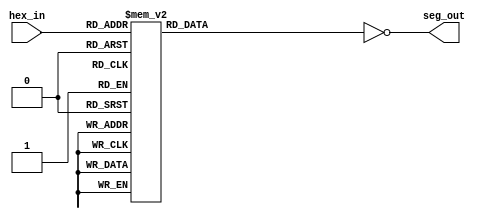
module SevenSeg (
	input[3:0] hex_in,
	output[6:0] seg_out
);

reg[6:0] seg;

always @(hex_in)
begin
	case(hex_in)
		4'h0: begin
			seg = 7'b0111111;
		end
		4'h1: begin
			seg = 7'b0000110;
		end
		4'h2: begin
			seg = 7'b1011011;
		end
		4'h3: begin
			seg = 7'b1001111;
		end
		4'h4: begin
			seg = 7'b1100110;
		end
		4'h5: begin
			seg = 7'b1101101;
		end
		4'h6: begin
			seg = 7'b1111101;
		end
		4'h7: begin
			seg = 7'b0000111;
		end
		4'h8: begin
			seg = 7'b1111111;
		end
		4'h9: begin
			seg = 7'b1100111;
		end
		default: begin
			seg = 7'b1001001;
		end
	endcase
end


assign seg_out = ~seg;

endmodule